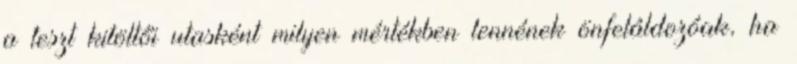
a teszt kitöltői utasként milyen mértékben lennének önfeláldozóak, ha